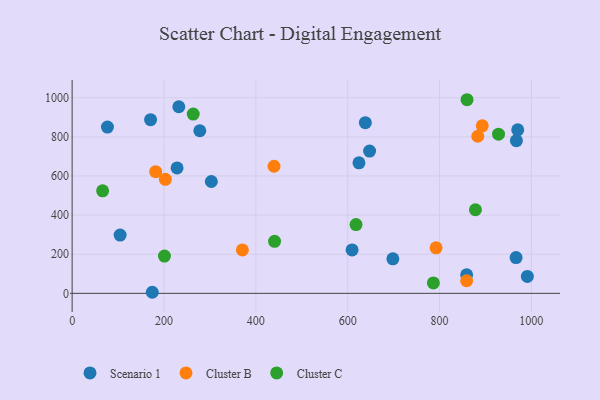
{"axis": {"x": "Investment", "y": "Exam Score"}, "legend": ["Cluster B", "Cluster C", "Scenario 1"], "data": [{"x": "278.0", "y": 831.0, "type": "Scenario 1"}, {"x": "624.6", "y": 667.3, "type": "Scenario 1"}, {"x": "228.5", "y": 640.9, "type": "Scenario 1"}, {"x": "967.4", "y": 780.6, "type": "Scenario 1"}, {"x": "170.8", "y": 887.6, "type": "Scenario 1"}, {"x": "232.3", "y": 953.9, "type": "Scenario 1"}, {"x": "970.3", "y": 835.7, "type": "Scenario 1"}, {"x": "991.3", "y": 86.3, "type": "Scenario 1"}, {"x": "303.1", "y": 571.7, "type": "Scenario 1"}, {"x": "859.1", "y": 94.7, "type": "Scenario 1"}, {"x": "638.5", "y": 872.4, "type": "Scenario 1"}, {"x": "174.5", "y": 5.5, "type": "Scenario 1"}, {"x": "76.9", "y": 849.7, "type": "Scenario 1"}, {"x": "104.5", "y": 298.0, "type": "Scenario 1"}, {"x": "647.7", "y": 727.4, "type": "Scenario 1"}, {"x": "966.7", "y": 183.0, "type": "Scenario 1"}, {"x": "609.6", "y": 222.2, "type": "Scenario 1"}, {"x": "698.4", "y": 176.3, "type": "Scenario 1"}, {"x": "203.0", "y": 583.0, "type": "Cluster B"}, {"x": "439.6", "y": 649.7, "type": "Cluster B"}, {"x": "370.7", "y": 222.1, "type": "Cluster B"}, {"x": "792.5", "y": 232.7, "type": "Cluster B"}, {"x": "859.0", "y": 64.5, "type": "Cluster B"}, {"x": "181.9", "y": 621.7, "type": "Cluster B"}, {"x": "893.1", "y": 856.1, "type": "Cluster B"}, {"x": "883.3", "y": 803.1, "type": "Cluster B"}, {"x": "66.4", "y": 523.9, "type": "Cluster C"}, {"x": "201.0", "y": 190.5, "type": "Cluster C"}, {"x": "859.9", "y": 989.7, "type": "Cluster C"}, {"x": "618.2", "y": 351.3, "type": "Cluster C"}, {"x": "928.5", "y": 813.5, "type": "Cluster C"}, {"x": "786.6", "y": 53.5, "type": "Cluster C"}, {"x": "263.7", "y": 916.2, "type": "Cluster C"}, {"x": "878.2", "y": 427.4, "type": "Cluster C"}, {"x": "440.8", "y": 266.1, "type": "Cluster C"}]}